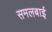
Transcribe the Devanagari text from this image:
समलबाई